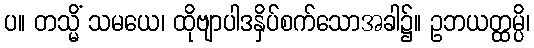
ပ။ တသ္မိံ သမယေ၊ ထိုဗျာပါဒနှိပ်စက်သောအခါ၌။ ဥဘယတ္ထမ္ပိ၊